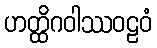
ဟတ္ထိဂဝါဿဝဠဝံ